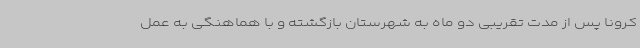
کرونا پس از مدت تقریبی دو ماه به شهرستان بازگشته و با هماهنگی به عمل